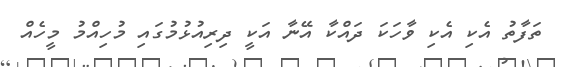
ތަފާތު އެކި އެކި ވާހަކަ ދައްކާ އޭނާ އަކީ ދިރިއުޅުމުގައި މުހިއްމު މީހެއް